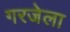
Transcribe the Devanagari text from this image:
गरजेला